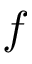
f